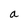
Character: a